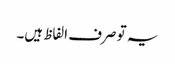
یہ تو صرف الفاظ ہیں۔